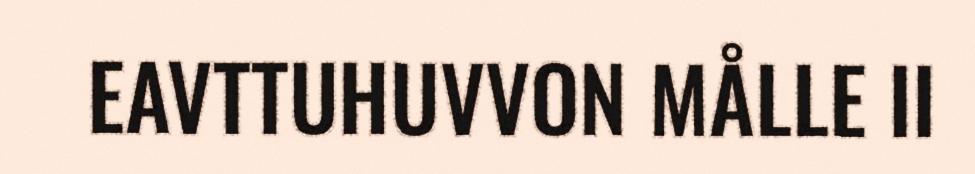
EAVTTUHUVVON MÅLLE II